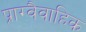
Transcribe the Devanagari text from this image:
प्राग्वैवाहिक